Lunatic asylums Central Provinces reports 1910-1926 - 1910-1926
Year: 1910
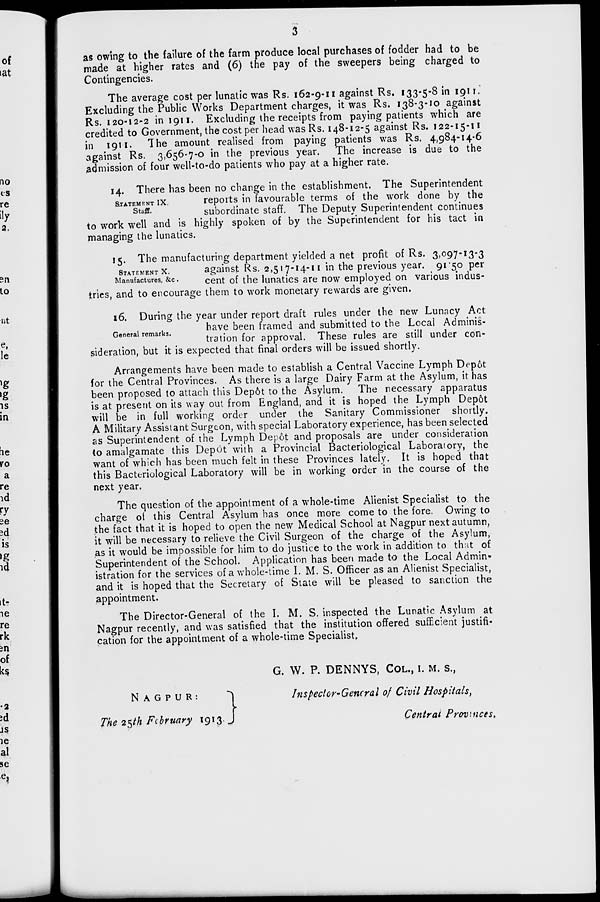
3
as owing to the failure of the farm produce local purchases of fodder had to be
made at higher rates and (6) the pay of the sweepers being charged to
Contingencies.
The average cost per lunatic was Rs. 162-9-11 against Rs. 133-5-8 in 1911.
Excluding the Public Works Department charges, it was Rs. 138-3-10 against
Rs. 120-12-2 in 1911. Excluding the receipts from paying patients which are
credited to Government, the cost per head was Rs. 148-12-5 against Rs. 122-15-11
in 1911. The amount realised from paying patients was Rs. 4,984-14-6
against Rs. 3,656-7-0 in the previous year. The increase is due to the
admission of four well-to-do patients who pay at a higher rate.
STATEMENT IX.
Staff.
14. There has been no change in the establishment. The Superintendent
reports in favourable terms of the work done by the
subordinate staff. The Deputy Superintendent continues
to work well and is highly spoken of by the Superintendent for his tact in
managing the lunatics.
STATEMENT X.
Manufactures., &c.
15. The manufacturing department yielded a net profit of Rs. 3,097-13-3
against Rs. 2,517-14-11 in the previous year. 91.50 per
cent of the lunatics are now employed on various indus-
tries, and to encourage them to work monetary rewards are given.
General remarks.
16. During the year under report draft rules under the new Lunacy Act
have been framed and submitted to the Local Adminis-
tration for approval. These rules are still under con-
sideration, but it is expected that final orders will be issued shortly.
Arrangements have been made to establish a Central Vaccine Lymph Depôt
for the Central Provinces. As there is a large Dairy Farm at the Asylum, it has
been proposed to attach this Depôt to the Asylum. The necessary apparatus
is at present on its way out from England, and it is hoped the Lymph Depôt
will be in full working order under the Sanitary Commissioner shortly.
A Military Assistant Surgeon, with special Laboratory experience, has been selected
as Superintendent of the Lymph Depôt and proposals are under consideration
to amalgamate this Depôt with a Provincial Bacteriological Laboratory, the
want of which has been much felt in these Provinces lately. It is hoped that
this Bacteriological Laboratory will be in working order in the course of the
next year.
The question of the appointment of a whole-time Alienist Specialist to the
charge of this Central Asylum has once more come to the fore. Owing to
the fact that it is hoped to open the new Medical School at Nagpur next autumn,
it will be necessary to relieve the Civil Surgeon of the charge of the Asylum,
as it would be impossible for him to do justice to the work in addition to that of
Superintendent of the School. Application has been made to the Local Admin-
istration for the services of a whole-time I. M. S. Officer as an Alienist Specialist,
and it is hoped that the Secretary of State will be pleased to sanction the
appointment.
The Director-General of the I. M. S. inspected the Lunatic Asylum at
Nagpur recently, and was satisfied that the institution offered sufficient justifi-
cation for the appointment of a whole-time Specialist,
NAGPUR:
The 25th February 1913
G. W. P. DENNYS, COL., I. M. S.,
Inspector-General of Civil Hospitals,
Central Provinces.